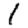
Digit: 1